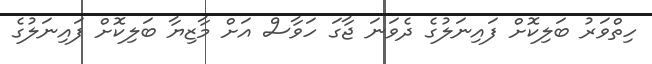
ހިތްވަރު ބަލިކޮށް ފައިނަލުގެ ދެވަނަ ޖާގަ ހަވާސް އަށް މާޒިޔާ ބަލިކޮށް ފަައިނަލުގެ